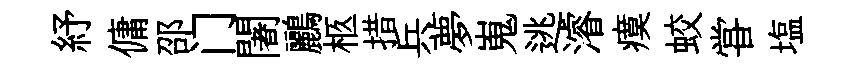
紓傭邵门闍鸝柩措兵夢嵬逃濬瘼蛟甞塩